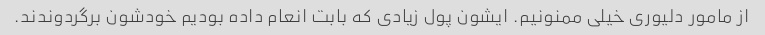
از مامور دلیوری خیلی ممنونیم. ایشون پول زیادی که بابت انعام داده بودیم خودشون برگردوندند.